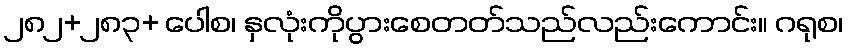
၂၈၂+၂၈၃+ ပေါစ၊ နှလုံးကိုပွားစေတတ်သည်လည်းကောင်း။ ဂရုစ၊